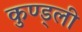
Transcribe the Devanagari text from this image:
कुण्ड्ली